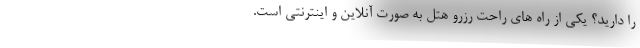
را دارید؟ یکی از راه های راحت رزرو هتل به صورت آنلاین و اینترنتی است.